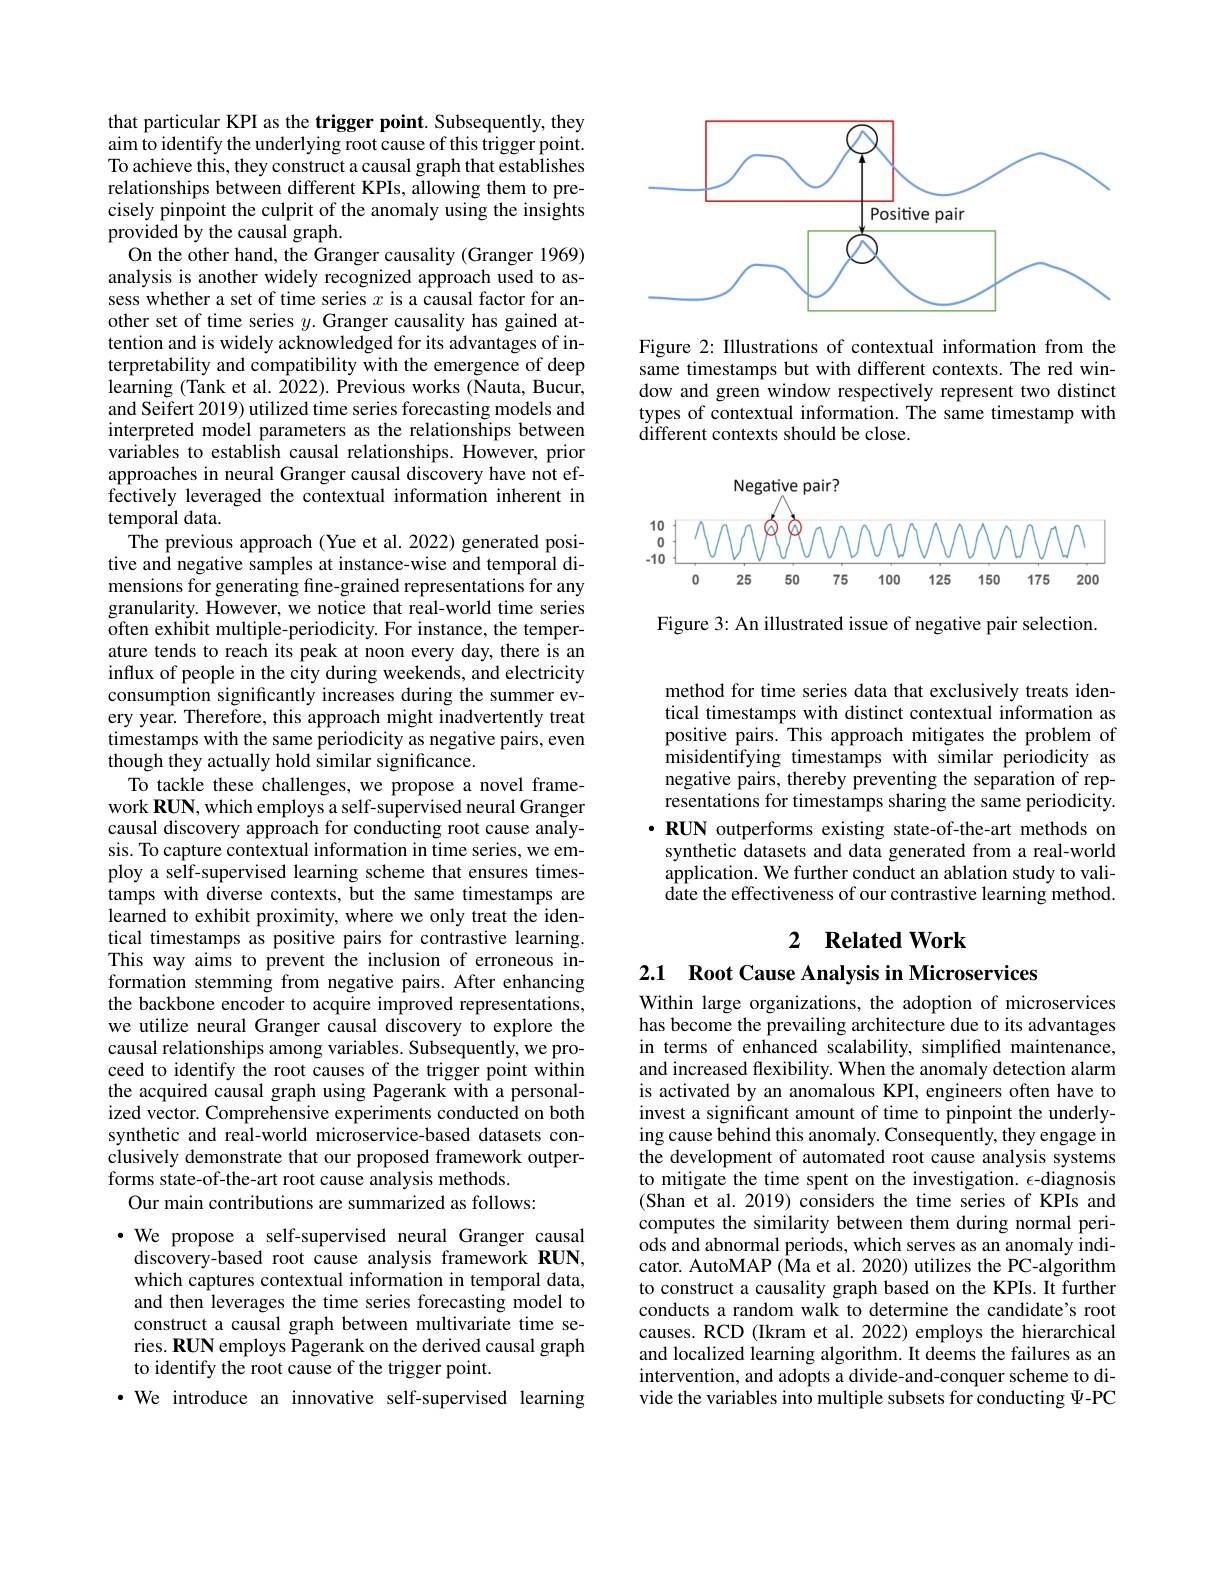
<FigureHere>

Figure 2: Illustrations of contextual information from the same timestamps but with different contexts. The red window and green window respectively represent two distinct types of contextual information. The same timestamp with ${\tilde{\text{different contexts should be close.}}}$

<FigureHere>

Figure 3: An illustrated issue of negative pair selection.

that particular KPI as the trigger point. Subsequently, they aim to identify the underlying root cause of this trigger point. To achieve this, they construct a causal graph that establishes relationships between different KPIs, allowing them to precisely pinpoint the culprit of the anomaly using the insights provided by the causal graph
On the other hand, the Granger causality (Granger 1969) analysis is another widely recognized approach used to assess whether a set of time series $x$ is a causal factor for another set of time series $y.$ Granger causality has gained attention and is widely acknowledged for its advantages of interpretability and compatibility with the emergence of deep learning (Tank et al. 2022). Previous works (Nauta, Bucur, and Seifert 2019) utilized time series forecasting models and interpreted model parameters as the relationships between variables to establish causal relationships. However, prior approaches in neural Granger causal discovery have not effectively leveraged the contextual information inherent in temporal data.
The previous approach (Yue et al. 2022) generated positive and negative samples at instance-wise and temporal dimensions for generating fine-grained representations for any granularity. However, we notice that real-world time series often exhibit multiple-periodicity. For instance, the temperature tends to reach its peak at noon every day, there is an influx of people in the city during weekends, and electricity consumption significantly increases during the summer every year. Therefore, this approach might inadvertently treat timestamps with the same periodicity as negative pairs, even though they actually hold similar significance.
To tackle these challenges, we propose a novel framework RUN, which employs a self-supervised neural Granger causal discovery approach for conducting root cause analysis. To capture contextual information in time series, we employ a self-supervised learning scheme that ensures timestamps with diverse contexts, but the same timestamps are learned to exhibit proximity, where we only treat the identical timestamps as positive pairs for contrastive learning. This way aims to prevent the inclusion of erroneous information stemming from negative pairs. After enhancing the backbone encoder to acquire improved representations, we utilize neural Granger causal discovery to explore the causal relationships among variables. Subsequently, we proceed to identify the root causes of the trigger point within the acquired causal graph using Pagerank with a personalized vector. Comprehensive experiments conducted on both synthetic and real-world microservice-based datasets conclusively demonstrate that our proposed framework outperforms state-of-the-art root cause analysis methods.
Our main contributions are summarized as follows:
$\bullet$ We propose a self-supervised neural Granger causal

discovery-based root cause analysis framework RUN, which captures contextual information in temporal data, and then leverages the time series forecasting model to construct a causal graph between multivariate time series. RUN employs Pagerank on the derived causal graph to identify the root cause of the trigger point.
·We introduce an innovative self-supervised learning

method for time series data that exclusively treats identical timestamps with distinct contextual information as positive pairs. This approach mitigates the problem of misidentifying timestamps with similar periodicity as negative pairs, thereby preventing the separation of representations for timestamps sharing the same periodicity. $\cdot \textbf{RUN outperforms existing state- of- the- art methods on}$ synthetic datasets and data generated from a real-world application. We further conduct an ablation study to validate the effectiveness of our contrastive learning method.

## 2 $\textbf{Related Work}$

2.1 Root Cause Analysis in Microservices

Within large organizations, the adoption of microservices has become the prevailing architecture due to its advantages in terms of enhanced scalability, simplified maintenance, and increased flexibility. When the anomaly detection alarm is activated by an anomalous KPI, engineers often have to invest a significant amount of time to pinpoint the underlying cause behind this anomaly. Consequently, they engage in the development of automated root cause analysis systems to mitigate the time spent on the investigation. $\epsilon$-diagnosis (Shan et al. 2019) considers the time series of KPIs and computes the similarity between them during normal periods and abnormal periods, which serves as an anomaly indicator. AutoMAP ( Ma et al. 2020) utilizes the PC-algorithm to construct a causality graph based on the KPIs. It further conducts a random walk to determine the candidate's root causes. RCD (Ikram et al. 2022) employs the hierarchical and localized learning algorithm. It deems the failures as an intervention, and adopts a divide-and-conquer scheme to divide the variables into multiple subsets for conducting $\Psi$-PC